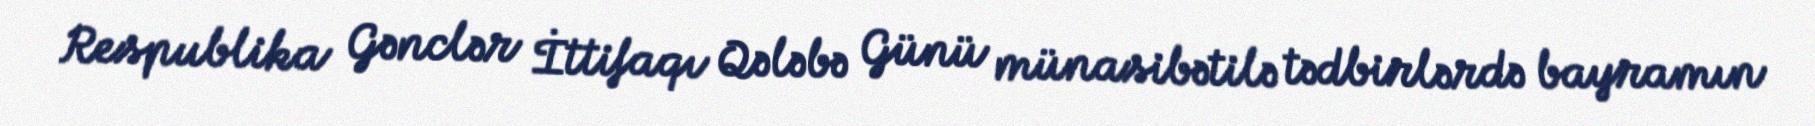
Respublika Gənclər İttifaqı Qələbə Günü münasibətilə tədbirlərdə bayramın